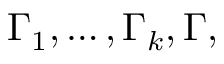
\, \Gamma _ { 1 } , \dots , \Gamma _ { k } , \Gamma ,